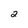
Character: 2